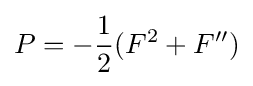
P=-{\frac {1}{2}}(F^{2}+F'')